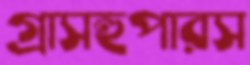
গ্রাসহুপারস